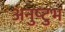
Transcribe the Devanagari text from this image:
अनुष्‍टुभ